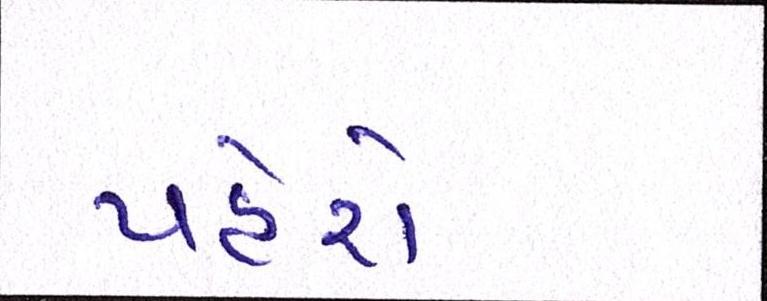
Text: પહેરો